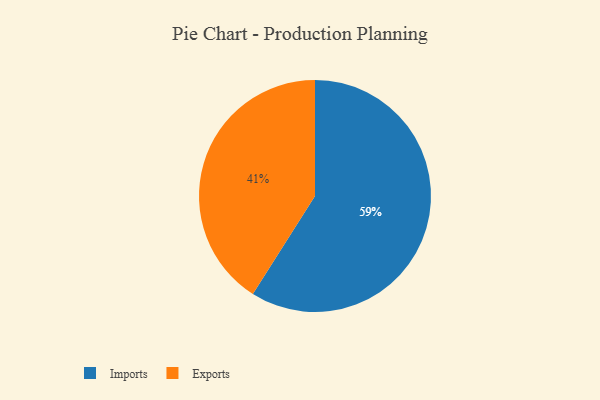
{"axis": {"x": "Category", "y": "Percentage"}, "legend": ["Exports", "Imports"], "data": [{"x": "Imports", "y": 59, "type": "Imports"}, {"x": "Exports", "y": 41, "type": "Exports"}]}